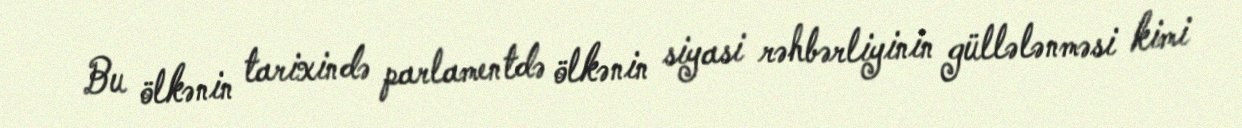
Bu ölkənin tarixində parlamentdə ölkənin siyasi rəhbərliyinin güllələnməsi kimi